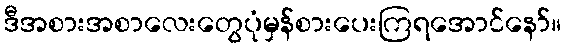
ဒီအစားအစာလေးတွေပုံမှန်စားပေးကြရအောင်နော်။